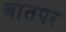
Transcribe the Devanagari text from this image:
बातपर